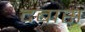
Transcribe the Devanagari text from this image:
दबास